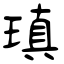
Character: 瑱